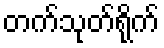
တက်သုတ်ရိုက်